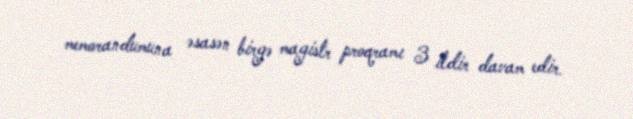
memorandumuna əsasən birgə magistr proqramı 3 ildir davam edir.